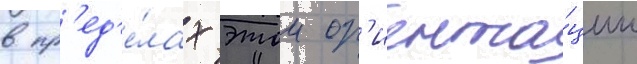
в пр'ед'е́лах этои ор'иента́ции